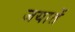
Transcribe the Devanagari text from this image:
जयातें